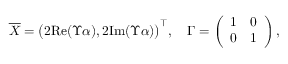
\begin{array} { r } { \overline { { X } } = \big ( 2 \mathrm { { R e } } ( \Upsilon \alpha ) , 2 \mathrm { { I m } } ( \Upsilon \alpha ) \big ) ^ { \top } , \quad \Gamma = \left( \begin{array} { l l } { 1 } & { 0 } \\ { 0 } & { 1 } \end{array} \right) , } \end{array}